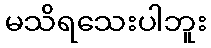
မသိရသေးပါဘူး